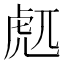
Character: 𰲜